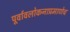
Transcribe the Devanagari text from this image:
पूर्वावलोकनाप्रमाणेच